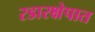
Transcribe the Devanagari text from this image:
रडारक्षेपात